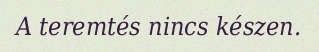
A teremtés nincs készen.